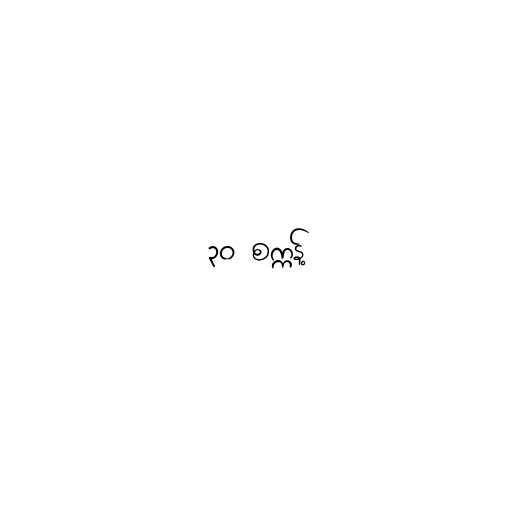
၃၀ စက္ကန့်